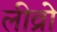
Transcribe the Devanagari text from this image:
लीव्रो